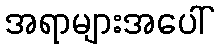
အရာများအပေါ်